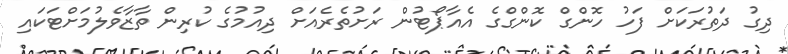
ދިގު ދަތުރަކަށް ފަހު ހޮންގް ކޮންގްގެ އެއާޕޯޓުން ރަށުތެރެއަށް ދިއުމުގެ ކުރިން ތާޒާވެލުމަށްޓަކައި